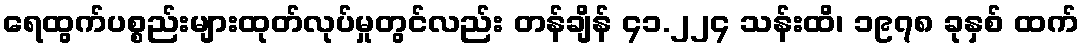
ရေထွက်ပစ္စည်းများထုတ်လုပ်မှုတွင်လည်း တန်ချိန် ၄၁.၂၂၄ သန်းထိ၊ ၁၉၇၈ ခုနှစ် ထက်